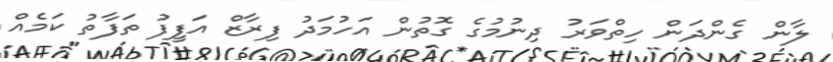
ލާން ގެންދަން ހިތްވަރު ދިނުމުގެ ގޮތުން އަހުމަދު ފިރާޒް އަފީފު ތަފާތު ކަމެއް